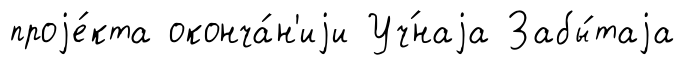
проjе́кта оконча́н'иjи Уч́наjа Забы́таjа